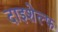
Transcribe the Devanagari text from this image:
दाइशेल्फ